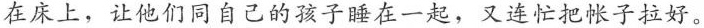
在床上，让他们同自己的孩子睡在一起，又连忙把帐子拉好。